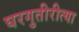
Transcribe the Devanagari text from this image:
घरगुतीरीत्या